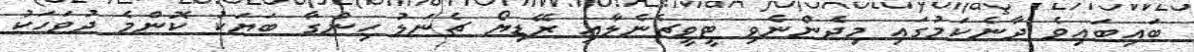
ބައިބައިވެ ދާނެކަމުގައި މިދެންނެވި ޓީވީޗެނެލާއި ރޭޑިޔޯ ޗެނަލު ހިންގާ ބަޔަކު ކޮންމެ ދުވަހަކު